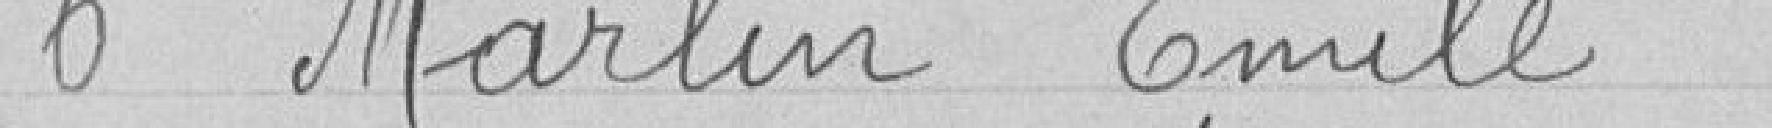
6 Marlin Emile